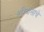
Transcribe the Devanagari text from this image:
हरिदासाचे